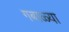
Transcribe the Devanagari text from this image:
गबाळ्या